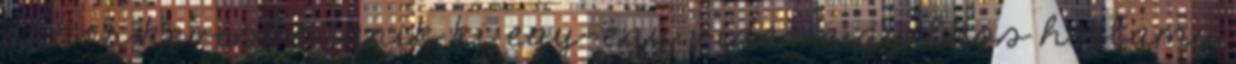
akkor kevésbé tűnik ki egy-egy videó a gyilkos hajlamú